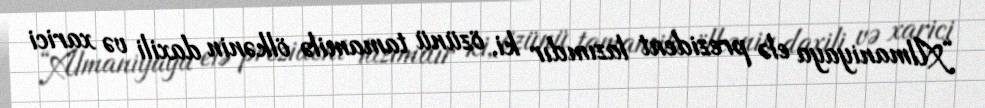
“Almaniyaya elə prezident lazımdır ki, özünü tamamilə ölkənin daxili və xarici